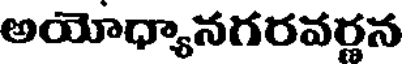
అయోధ్యానగరవర్లన